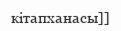
кітапханасы]]